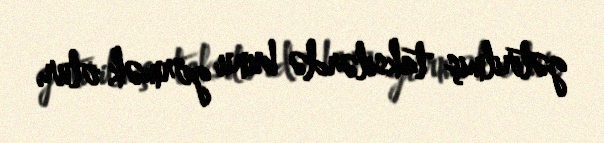
gətirilmiş taksilərdə bunu görmək olur.